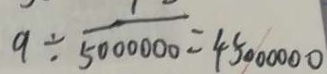
9 \div \frac { 1 } { 5 0 0 0 0 0 0 } = 4 5 0 0 0 0 0 0